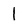
Character: l